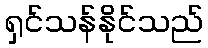
ရှင်သန်နိုင်သည်